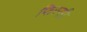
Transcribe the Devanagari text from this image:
फिस्सी